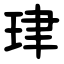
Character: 珒